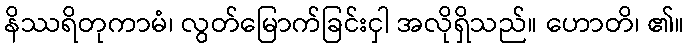
နိဿရိတုကာမံ၊ လွတ်မြောက်ခြင်းငှါ အလိုရှိသည်။ ဟောတိ၊ ၏။